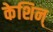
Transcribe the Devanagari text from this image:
केशिन्